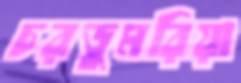
চরডুমরিয়া